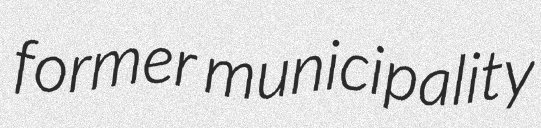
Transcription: former municipality